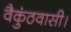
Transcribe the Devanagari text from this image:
वैकुंठवासी।